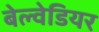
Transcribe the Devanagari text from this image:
बेल्वेडियर